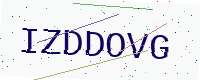
Text: IZDDOVG